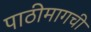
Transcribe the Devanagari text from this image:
पाठीमागची